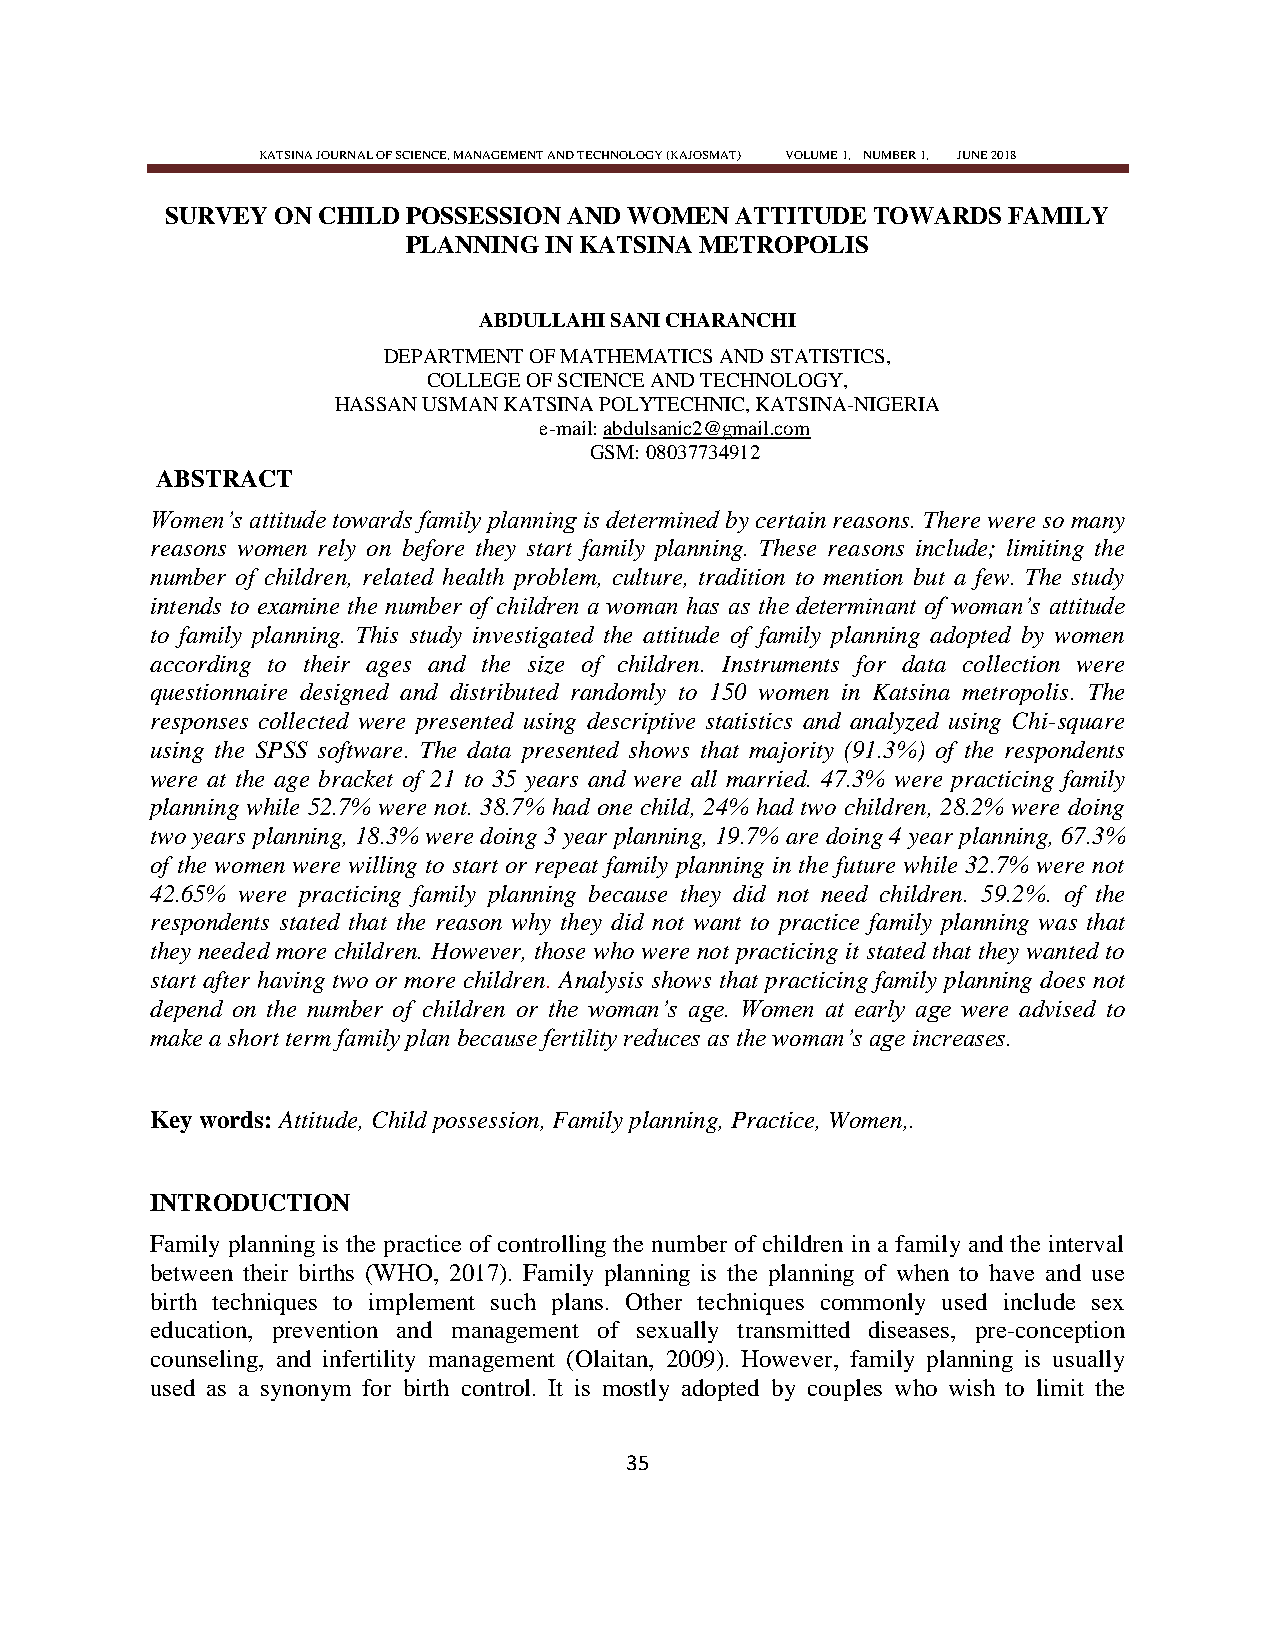
KATSINA JOURNAL OF SCIENCE, MANAGEMENT AND TECHNOLOGY (KAJOSMAT) VOLUME 1, NUMBER 1, JUNE 2018
 SURVEY ON CHILD POSSESSION AND WOMEN  ATTITUDE TOWARDS  FAMILY
 PLANNING IN KATSINA METROPOLIS
 ABDULLAHI SANI CHARANCHI
 DEPARTMENT OF MATHEMATICS AND STATISTICS,
 COLLEGE OF SCIENCE AND TECHNOLOGY,
 HASSAN USMAN KATSINA POLYTECHNIC, KATSINA-NIGERIA
 e-mail: abdulsanic2@gmail.com
 GSM: 08037734912
 ABSTRACT
 Women‘s attitude towards family planning is determined by certain reasons. There were so many
 reasons women rely on before they start family planning. These reasons include; limiting the
 number of children, related health problem, culture, tradition to mention but a few. The study
 intends to examine the number of children a woman has as the determinant of woman‘s attitude
 to family planning. This study investigated the attitude of family planning adopted by women
 according to their ages and the size of children. Instruments for data collection were
 questionnaire designed and distributed randomly to 150 women in Katsina metropolis. The
 responses collected were presented using descriptive statistics and analyzed using Chi-square
 using the SPSS software. The data presented shows that majority (91.3%) of the respondents
 were at the age bracket of 21 to 35 years and were all married. 47.3% were practicing family
 planning while 52.7% were not. 38.7% had one child, 24% had two children, 28.2% were doing
 two years planning, 18.3% were doing 3 year planning, 19.7% are doing 4 year planning, 67.3%
 of the women were willing to start or repeat family planning in the future while 32.7% were not
 42.65% were practicing family planning because they did not need children. 59.2%. of the
 respondents stated that the reason why they did not want to practice family planning was that
 they needed more children. However, those who were not practicing it stated that they wanted to
 start after having two or more children. Analysis shows that practicing family planning does not
 depend on the number of children or the woman‘s age. Women at early age were advised to
 make a short term family plan because fertility reduces as the woman‘s age increases.
 Key words: Attitude, Child possession, Family planning, Practice, Women,.
 INTRODUCTION
 Family planning is the practice of controlling the number of children in a family and the interval
 between their births (WHO, 2017). Family planning is the planning of when to have and use
 birth techniques to implement such plans. Other techniques commonly used include sex
 education, prevention and management of sexually transmitted diseases, pre-conception
 counseling, and infertility management (Olaitan, 2009). However, family planning is usually
 used as a synonym for birth control. It is mostly adopted by couples who wish to limit the
 35